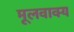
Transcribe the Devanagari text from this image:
मूलवाक्य